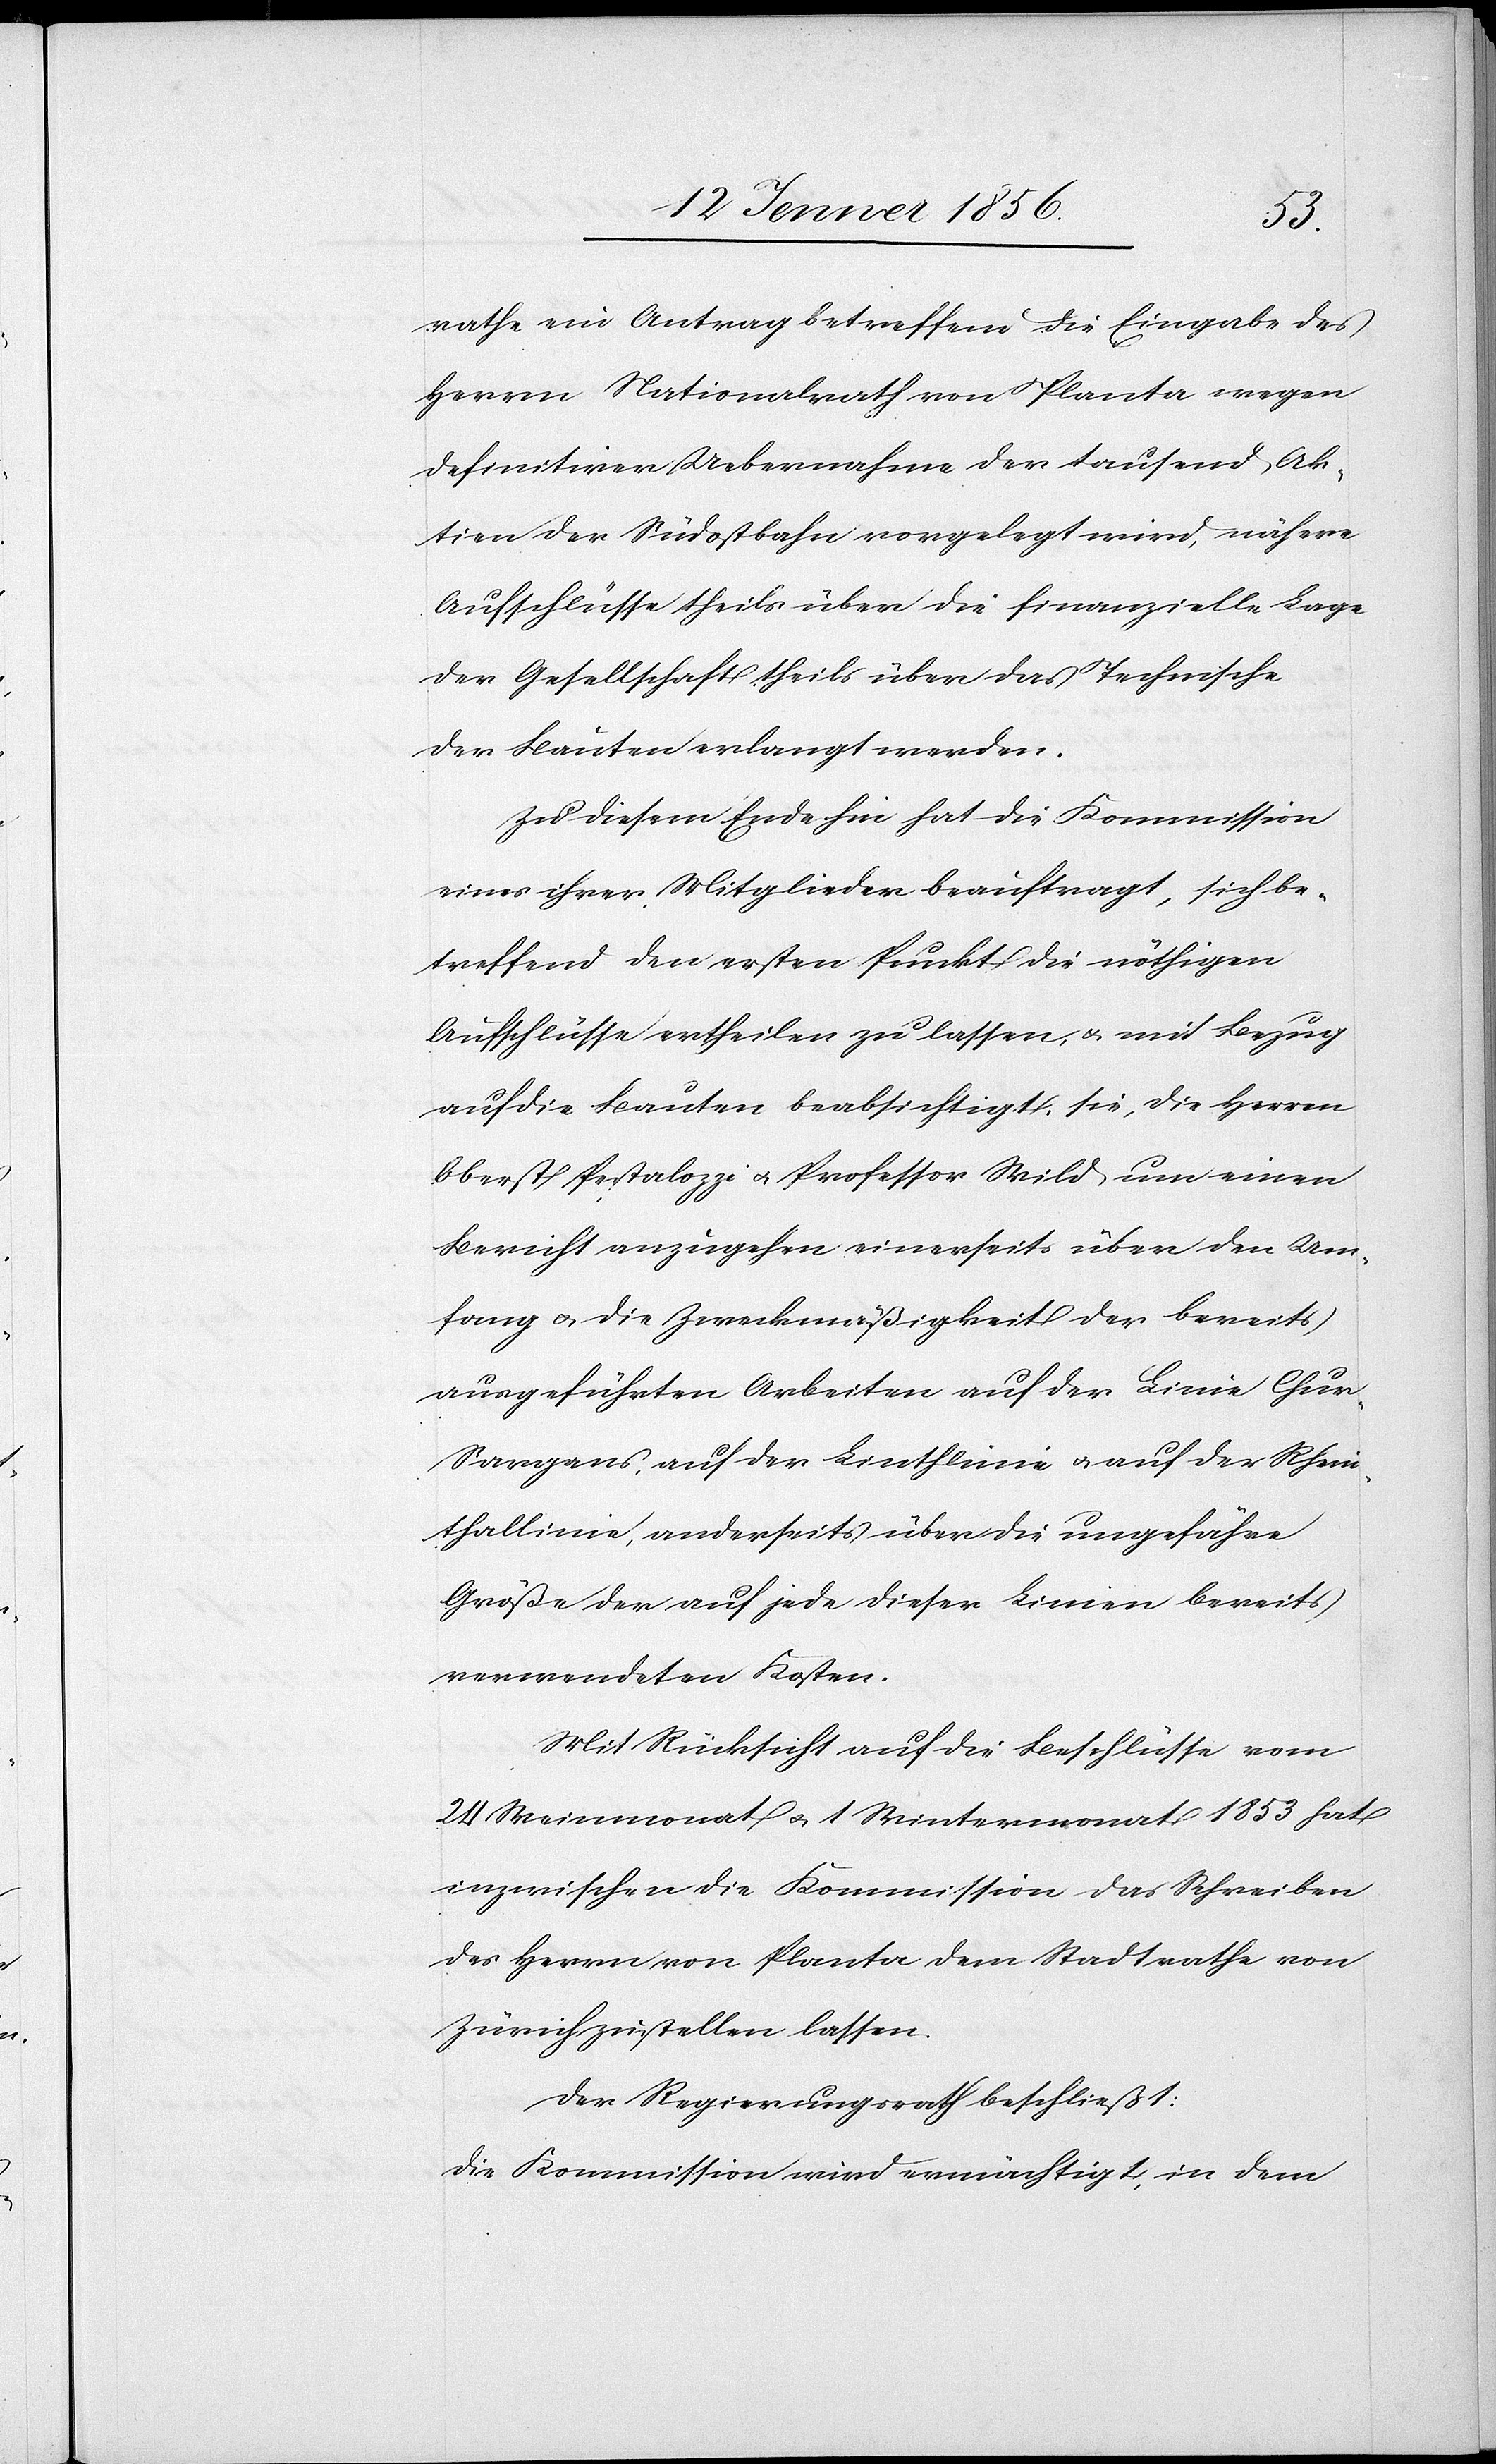
rathe ein Antrag betreffend die Eingabe des
Herrn Nationalrath von Planta wegen
definitiver Uebernahme der tausend Ak¬
tien der Südostbahn vorgelegt wird, nähere
Aufschlüsse theils über die finanzielle Lage
der Gesellschaft theils über das Technische
der Bauten erlangt werden.
Zu diesem Ende hin hat die Kommission
eines ihrer Mitglieder beauftragt, sich be¬
treffend den ersten Punkt die nöthigen
Aufschlüsse ertheilen zu lassen, u. mit Bezug
auf die Bauten beabsichtigt sie, die Herren
Oberst Pestalozzi u. Professor Wild um einen
Bericht anzugehen einerseits über den Um¬
fang u. die Zweckmäßigkeit der bereits
ausgeführten Arbeiten auf der Linie Chur-S¬
argans, auf der Linthlinie u. auf der Rhein¬
thallinie, anderseits über die ungefähre
Größe der auf jede dieser Linien bereits
verwendeten Kosten.
Mit Rücksicht auf die Beschlüsse vom
24 Weinmonat u. 1 Wintermonat 1853 hat
inzwischen die Kommission das Schreiben
des Herrn von Planta dem Stadtrathe von
Zürich zustellen lassen.
Der Regierungsrath beschließt:
Die Kommission wird ermächtigt, in dem